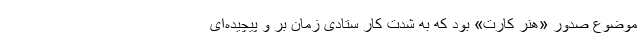
موضوع صدور «هنر کارت» بود که به شدت کار ستادی زمان بر و پیچیده‌ای